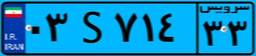
۱۸S۵۲۲۲۱